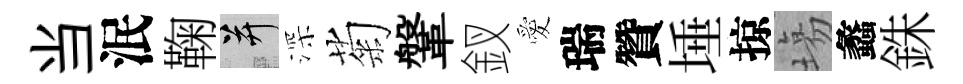
当泯鞠并深菊鞶釵愛瑞贊埵掠塲蠡銖